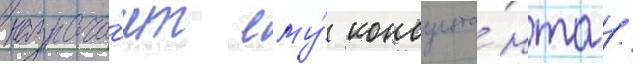
назнача́ет ему́ консульта́нта /